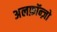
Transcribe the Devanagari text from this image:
अलफ़ॉन्ज़ो